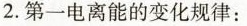
2.第一电离能的变化规律：